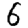
Digit: 6